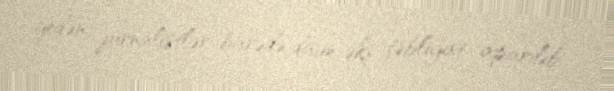
gedən jurnalistlər barədə daim əks təbliğat aparılıb.